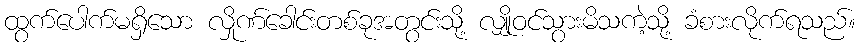
ထွက်ပေါက်မရှိသော လှိုဏ်ခေါင်းတစ်ခုအတွင်းသို့ လျှိုဝင်သွားမိသကဲ့သို့ ခံစားလိုက်ရသည်။